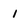
Character: 1